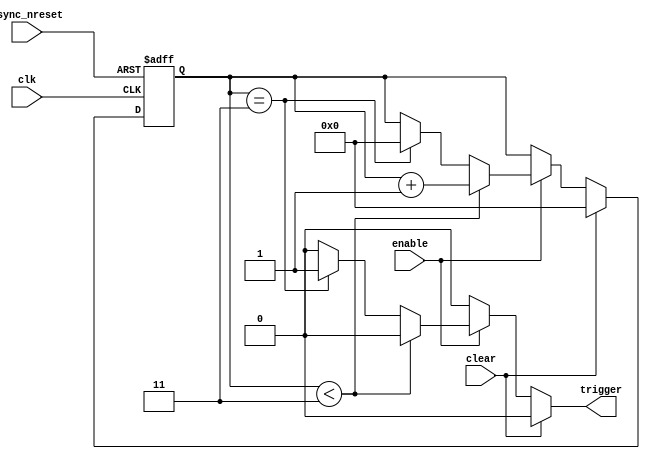
module timer
	(
		input clk,
		input async_nreset,
		
		input clear,
		input enable,
		
		output reg trigger
	);
	
	reg [31:0] counter_reg, counter_next;
	
	always @(*)
	begin
		counter_next <= counter_reg;
		trigger <= 1'b0;
		
		if (clear)
			counter_next <= 32'd0;
		else if (enable)
		begin
			if (counter_reg < 32'd3)
				counter_next <= counter_reg + {{31{1'b0}}, 1'b1};
			else if (counter_reg == 32'd3)
			begin
				counter_next <= 32'd0;
				trigger <= 1'b1;
			end
		end
	end
	
	always @(posedge clk, negedge async_nreset)
	begin
		if (async_nreset == 1'b0)
			counter_reg <= 32'd0;
		else
			counter_reg <= counter_next;
	end
	
endmodule